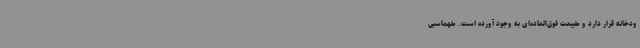
ودخانه قرار دارد و طبیعت فوق‌العاده‌ای به وجود آورده است. طهماسبی